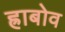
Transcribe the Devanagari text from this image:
ह्राबोव